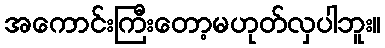
အကောင်းကြီးတော့မဟုတ်လှပါဘူး။